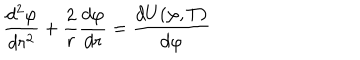
LaTeX: { \frac { d ^ { 2 } \varphi } { d r ^ { 2 } } } + { \frac { 2 } { r } } { \frac { d \varphi } { d r } } = { \frac { d U ( \varphi , T ) } { d \varphi } }